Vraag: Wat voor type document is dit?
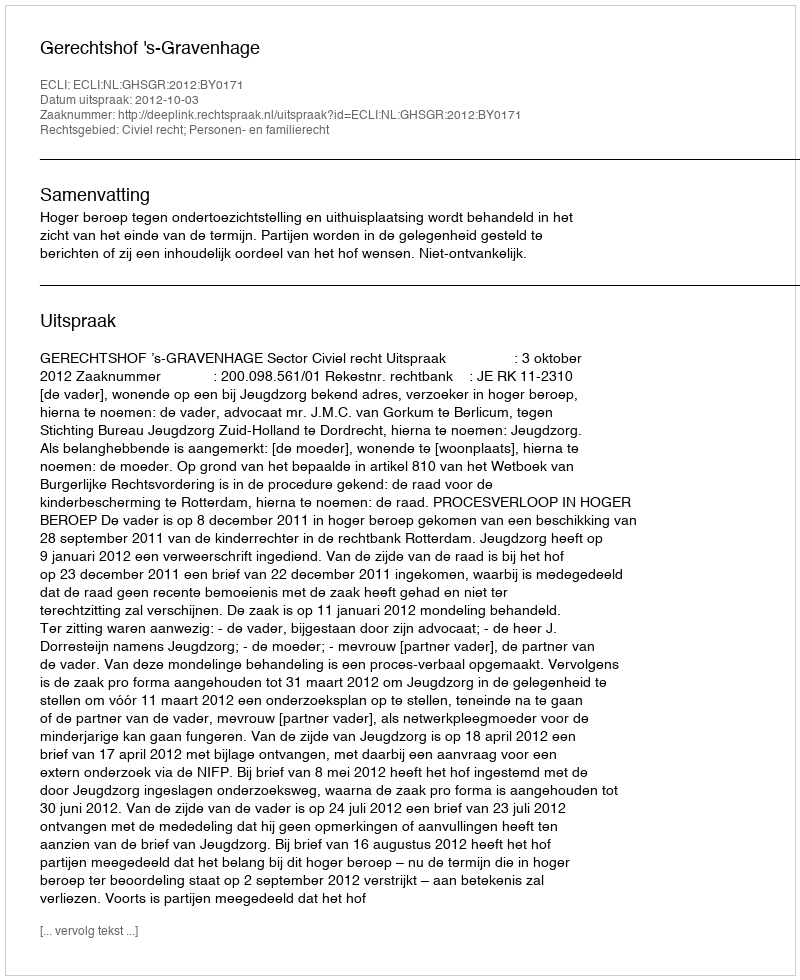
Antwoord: Uitspraak